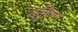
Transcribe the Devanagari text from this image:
न्युडिज़्म